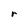
Character: r